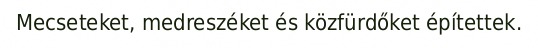
Mecseteket, medreszéket és közfürdőket építettek.